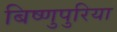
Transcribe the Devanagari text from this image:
बिष्णुपुरिया